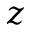
z